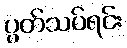
ပွတ်သပ်ရင်း